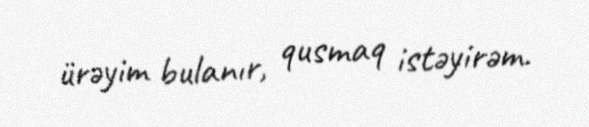
ürəyim bulanır, qusmaq istəyirəm.